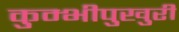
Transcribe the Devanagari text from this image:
कुम्भीपुखुरी